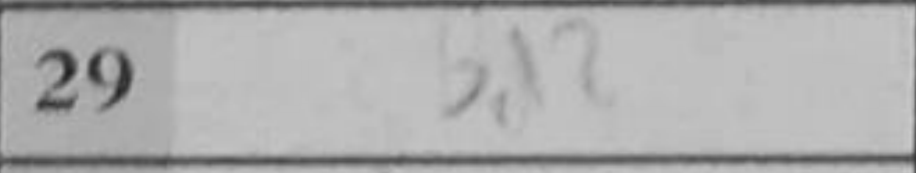
Transcription: Bd2